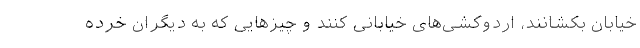
خیابان بکشانند، اردوکشی‌های خیابانی کنند و چیزهایی که به دیگران خرده